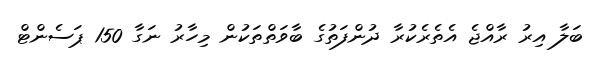
ބަލާ އިރު ރާއްޖެ އެތެރެކުރާ ދުންފަތުގެ ބާވަތްތަކުން މިހާރު ނަގާ 150 ޕަސެންޓް